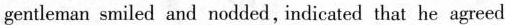
gentleman smiled and nodded , indicated that he agreed